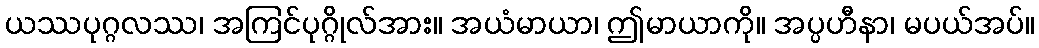
ယဿပုဂ္ဂလဿ၊ အကြင်ပုဂ္ဂိုလ်အား။ အယံမာယာ၊ ဤမာယာကို။ အပ္ပဟီနာ၊ မပယ်အပ်။